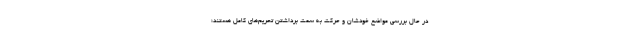
در حال بررسی مواضع خودشان و حرکت به سمت برداشتن تحریم‌های کامل هستند؛